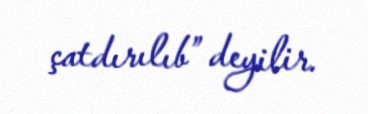
çatdırılıb” deyilir.